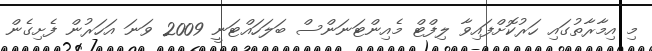
މި އިމާރާތުގައި ހަރުކޮށްފައިވާ ލިފްޓް މެއިންޓަނަންސް ބަލަހައްޓަނީ 2009 ވަނަ އަހަރުން ފެށިގެން